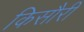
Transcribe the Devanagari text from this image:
किसौरी